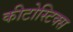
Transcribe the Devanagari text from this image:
कीटोस्टिक्स